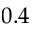
0 . 4